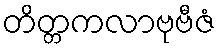
တိတ္တကလာဗုဗီဇံ